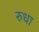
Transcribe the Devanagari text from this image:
रुधा